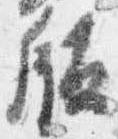
版